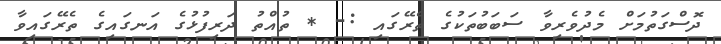
ދޮސްގަތުމަށް މެދުވެރިވާ ސަބަބުތަކުގެ ތެރޭގައި :- * ތުއްތު ދަރިފުޅުގެ އަނގައިގެ ތެރޭގައިވާ